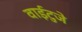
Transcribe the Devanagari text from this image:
वाईटुजे